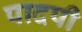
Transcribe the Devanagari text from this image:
पादपी